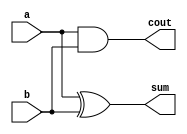
module half_add1(a,b,sum,cout);
input a,b;
output sum,cout;
and (cout,a,b);
xor (sum,a,b);
endmodule